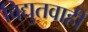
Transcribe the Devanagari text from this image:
विद्युतवाही